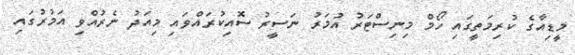
މީޑިއާގެ ކުރިމަތީގައި ހޯމް މިނިސްޓަރު އުމަރު ނަސީރު ސޮއިކުރައްވައި މިއަދު ނެރުއްވި އަމުރުގައި